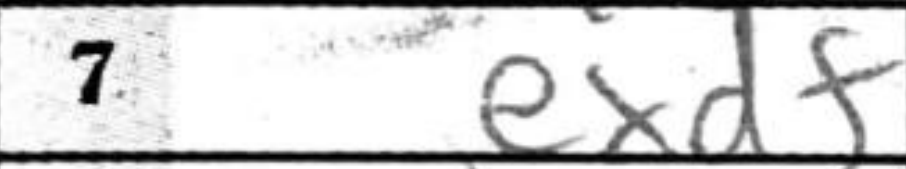
Transcription: exdf